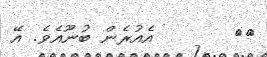
٣١       އެއުރެން ބުނޫއެވެ. އޭ